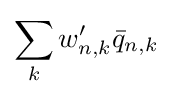
\sum _{k}w'_{n,k}{\bar {q}}_{n,k}